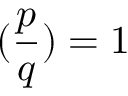
( { \frac { p } { q } } ) = 1